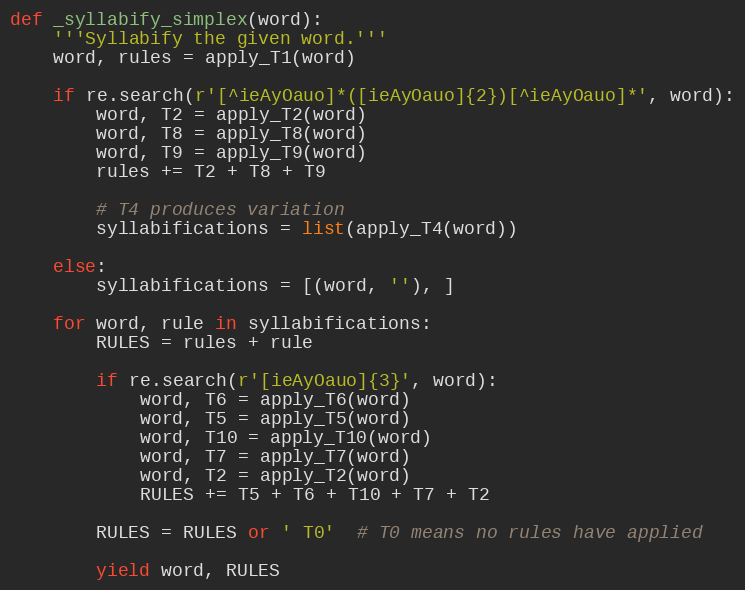
Language: Python
def _syllabify_simplex(word):
    '''Syllabify the given word.'''
    word, rules = apply_T1(word)

    if re.search(r'[^ieAyOauo]*([ieAyOauo]{2})[^ieAyOauo]*', word):
        word, T2 = apply_T2(word)
        word, T8 = apply_T8(word)
        word, T9 = apply_T9(word)
        rules += T2 + T8 + T9

        # T4 produces variation
        syllabifications = list(apply_T4(word))

    else:
        syllabifications = [(word, ''), ]

    for word, rule in syllabifications:
        RULES = rules + rule

        if re.search(r'[ieAyOauo]{3}', word):
            word, T6 = apply_T6(word)
            word, T5 = apply_T5(word)
            word, T10 = apply_T10(word)
            word, T7 = apply_T7(word)
            word, T2 = apply_T2(word)
            RULES += T5 + T6 + T10 + T7 + T2

        RULES = RULES or ' T0'  # T0 means no rules have applied

        yield word, RULES